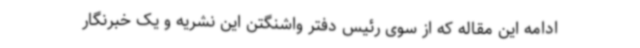
ادامه این مقاله که از سوی رئیس دفتر واشنگتن این نشریه و یک خبرنگار